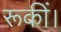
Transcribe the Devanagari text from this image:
रूकीं।